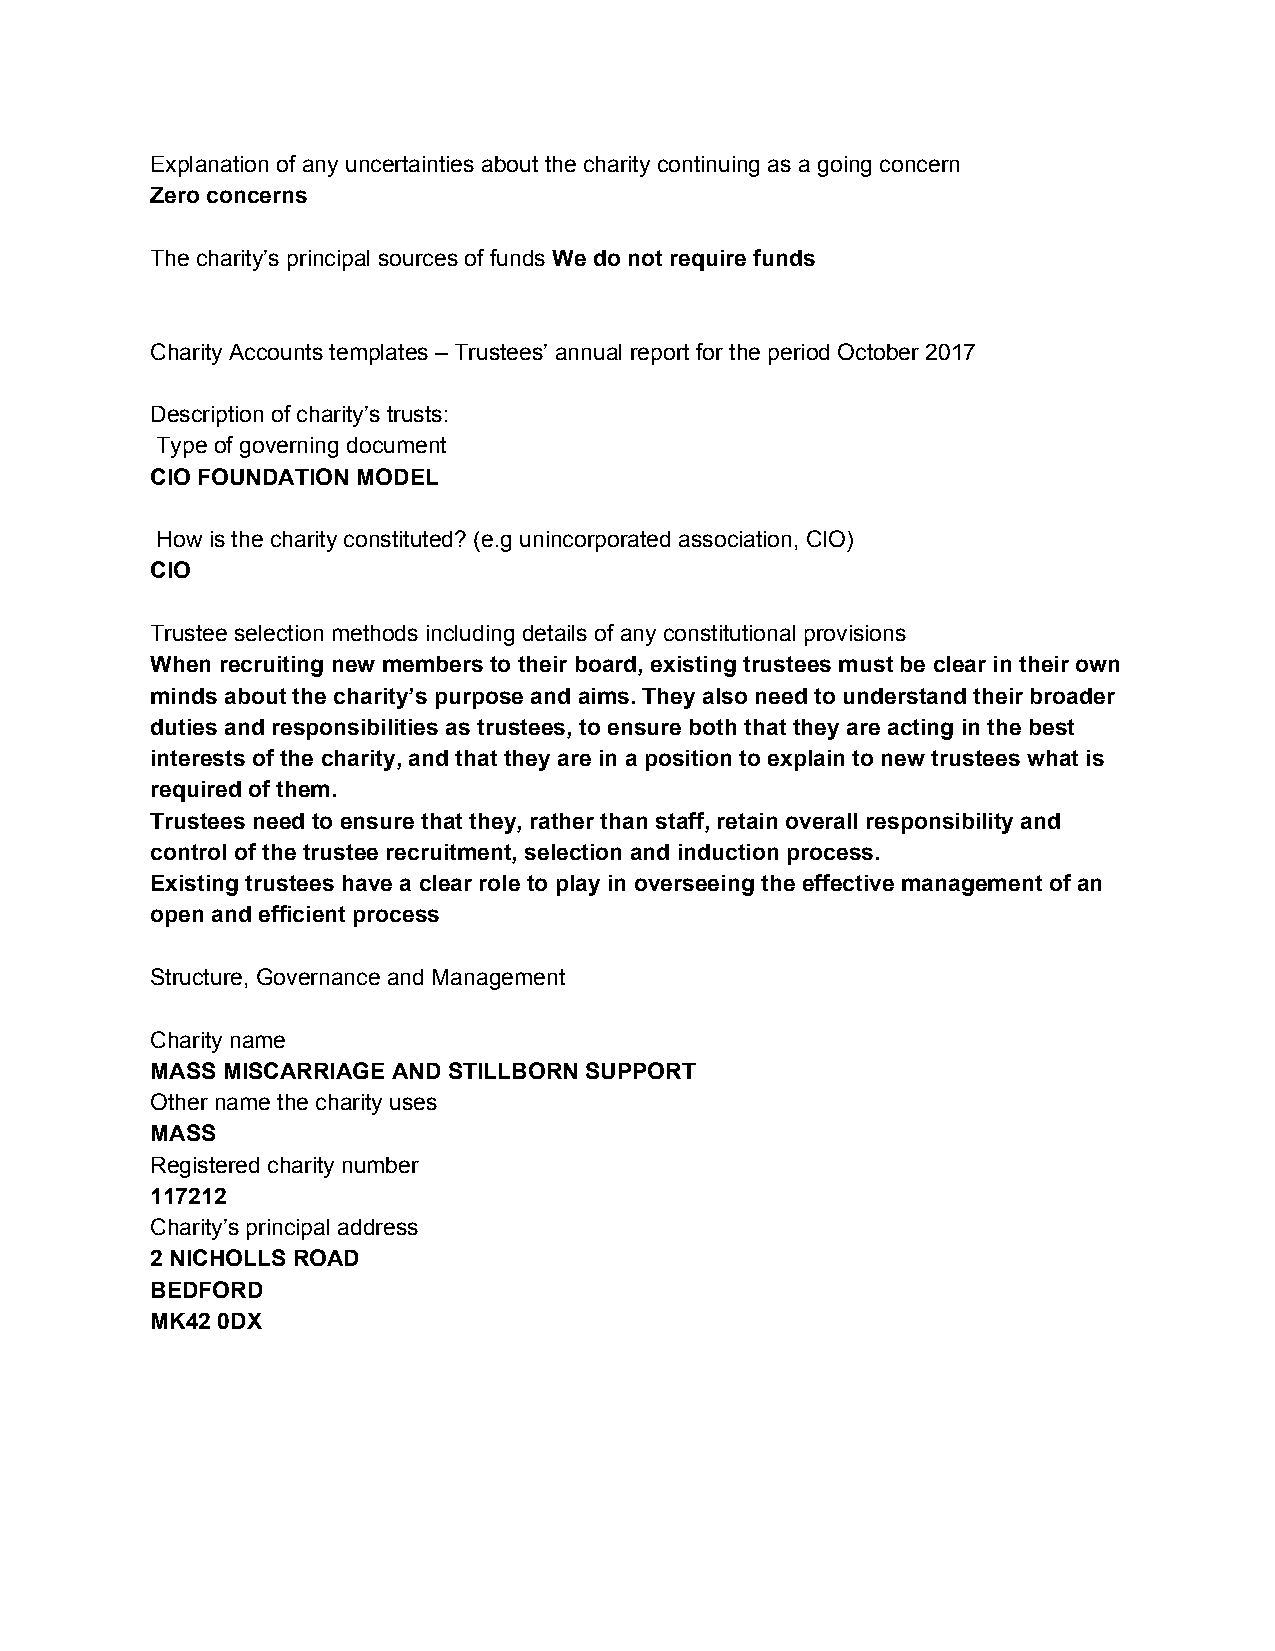
Explanation of any uncertainties about the charity continuing as a going concern
 Zero concerns
 The charity’s principal sources of funds We do not require funds
 ​
 Charity Accounts templates – Trustees’ annual report for the period October 2017
 Description of charity’s trusts:
 Type of governing document
 CIO FOUNDATION MODEL
 How is the charity constituted? (e.g unincorporated association, CIO)
 CIO
 Trustee selection methods including details of any constitutional provisions
 When recruiting new members to their board, existing trustees must be clear in their own
 minds about the charity’s purpose and aims. They also need to understand their broader
 duties and responsibilities as trustees, to ensure both that they are acting in the best
 interests of the charity, and that they are in a position to explain to new trustees what is
 required of them.
 Trustees need to ensure that they, rather than staff, retain overall responsibility and
 control of the trustee recruitment, selection and induction process.
 Existing trustees have a clear role to play in overseeing the effective management of an
 open and efficient process
 Structure, Governance and Management
 Charity name
 MASS MISCARRIAGE AND STILLBORN SUPPORT
 Other name the charity uses
 MASS
 Registered charity number
 117212
 Charity’s principal address
 2 NICHOLLS ROAD
 BEDFORD
 MK42 0DX